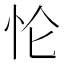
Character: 𰑄